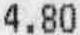
4.80